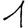
Digit: 1